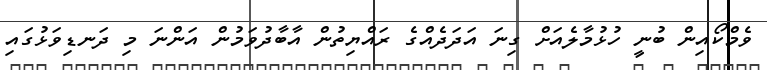
ވެމްކޯއިން ބުނީ ހުޅުމާލެއަށް ގިނަ އަދަދެއްގެ ރައްޔިތުން އާބާދުވަމުން އަންނަ މި ދަނޑިވަޅުގައި